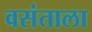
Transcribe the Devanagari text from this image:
वसंताला